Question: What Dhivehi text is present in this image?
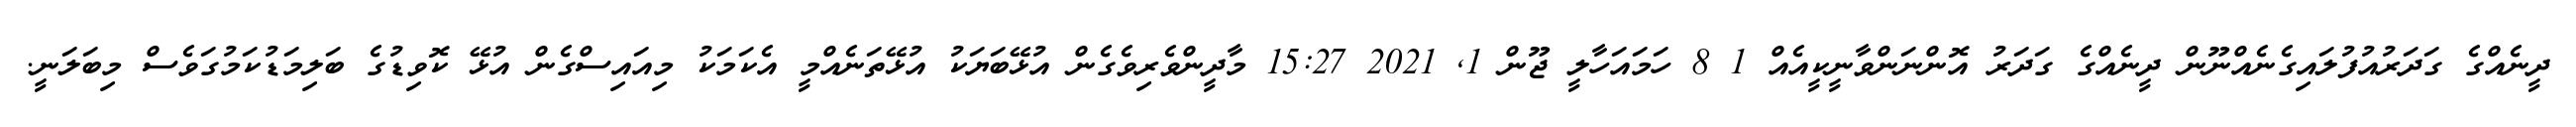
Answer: ދީނެއްގެ ގަދަރުއުފުލައިގެނެއްނޫން ދީނެއްގެ ގަދަރު އޮންނަންވާނީކީއެއް 1 8 ހަމައަހާލީ ޖޫން 1, 2021 15:27 މާދީންވެރިވެގެން އުޅޭބަޔަކު އުޅޭތަނެއްމީ އެކަމަކު މިއައިސްގެން އުޅޭ ކޮވިޑުގެ ބަލިމަޑުކަމުގަވެސް މިބަލަނީ.